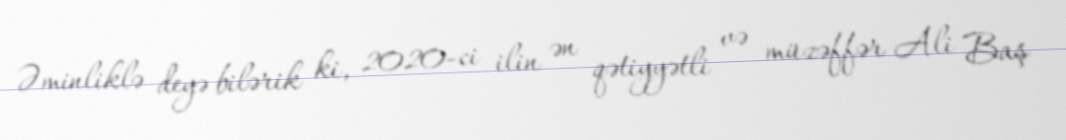
Əminliklə deyə bilərik ki, 2020-ci ilin ən qətiyyətli və müzəffər Ali Baş